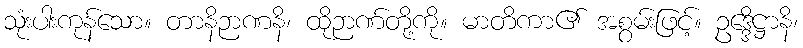
သုံးပါးကုန်သော။ တာနိဉာဏနိ၊ ထိုဉာဏ်တို့ကို။ မာတိကာ၏ အစွမ်းဖြင့်။ ဥဒ္ဒေိဋ္ဌာနိ၊